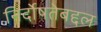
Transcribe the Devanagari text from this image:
निर्दोषतेबद्दल